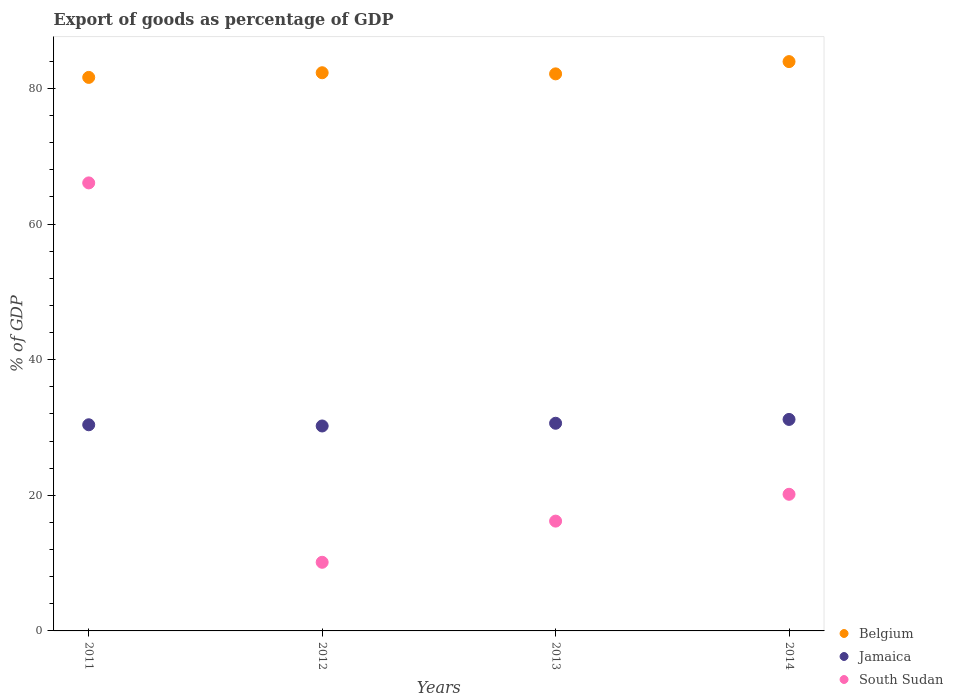
| Years | Belgium | Jamaica | South Sudan |
 | --- | --- | --- | --- |
 | 2011 | 81.6 | 30.4 | 66.1 |
 | 2012 | 82.3 | 30.2 | 10.1 |
 | 2013 | 82.2 | 30.6 | 16.2 |
 | 2014 | 84 | 31.2 | 20.2 |